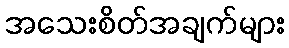
အသေးစိတ်အချက်များ